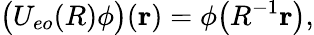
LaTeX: \bigl(U_{eo}(R)\phi\bigr)({\mathbf{r}})=\phi\bigl(R^{-1}{\mathbf{r}}\bigr),